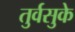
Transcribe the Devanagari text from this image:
तुर्वसुके